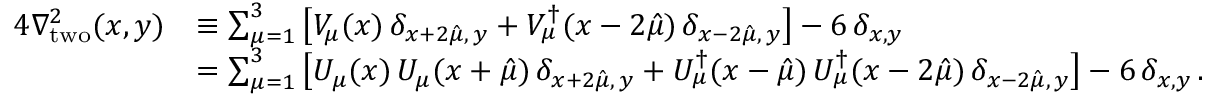
\begin{array} { r l } { 4 \nabla _ { \mathrm { t w o } } ^ { 2 } ( x , y ) } & { \equiv \sum _ { \mu = 1 } ^ { 3 } \big [ V _ { \mu } ( x ) \, \delta _ { x + 2 \hat { \mu } , \, y } + V _ { \mu } ^ { \dagger } ( x - 2 \hat { \mu } ) \, \delta _ { x - 2 \hat { \mu } , \, y } \big ] - 6 \, \delta _ { x , y } } \\ & { = \sum _ { \mu = 1 } ^ { 3 } \big [ U _ { \mu } ( x ) \, U _ { \mu } ( x + \hat { \mu } ) \, \delta _ { x + 2 \hat { \mu } , \, y } + U _ { \mu } ^ { \dagger } ( x - \hat { \mu } ) \, U _ { \mu } ^ { \dagger } ( x - 2 \hat { \mu } ) \, \delta _ { x - 2 \hat { \mu } , \, y } \big ] - 6 \, \delta _ { x , y } \, . } \end{array}